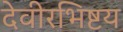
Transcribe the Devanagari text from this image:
देवीरभिष्टय